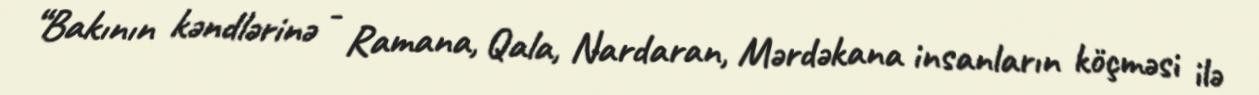
“Bakının kəndlərinə - Ramana, Qala, Nardaran, Mərdəkana insanların köçməsi ilə